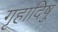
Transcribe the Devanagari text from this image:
गृहादिषु